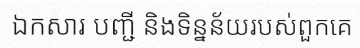
ឯកសារ បញ្ជី និងទិន្នន័យរបស់ពួកគេ